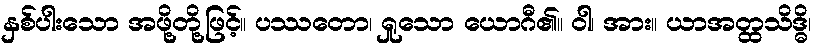
နှစ်ပါးသော အဖို့တို့ဖြင့်။ ပဿတော၊ ရှုသော ယောဂီ၏။ ဝါ၊ အား။ ယာအတ္ထသိဒ္ဓိ၊